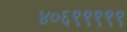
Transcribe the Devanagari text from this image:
४०६९९९९९